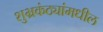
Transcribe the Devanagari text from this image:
शुभ्रकंठ्यांमधील